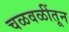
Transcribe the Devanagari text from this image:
चळवळींतून